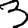
Digit: 3